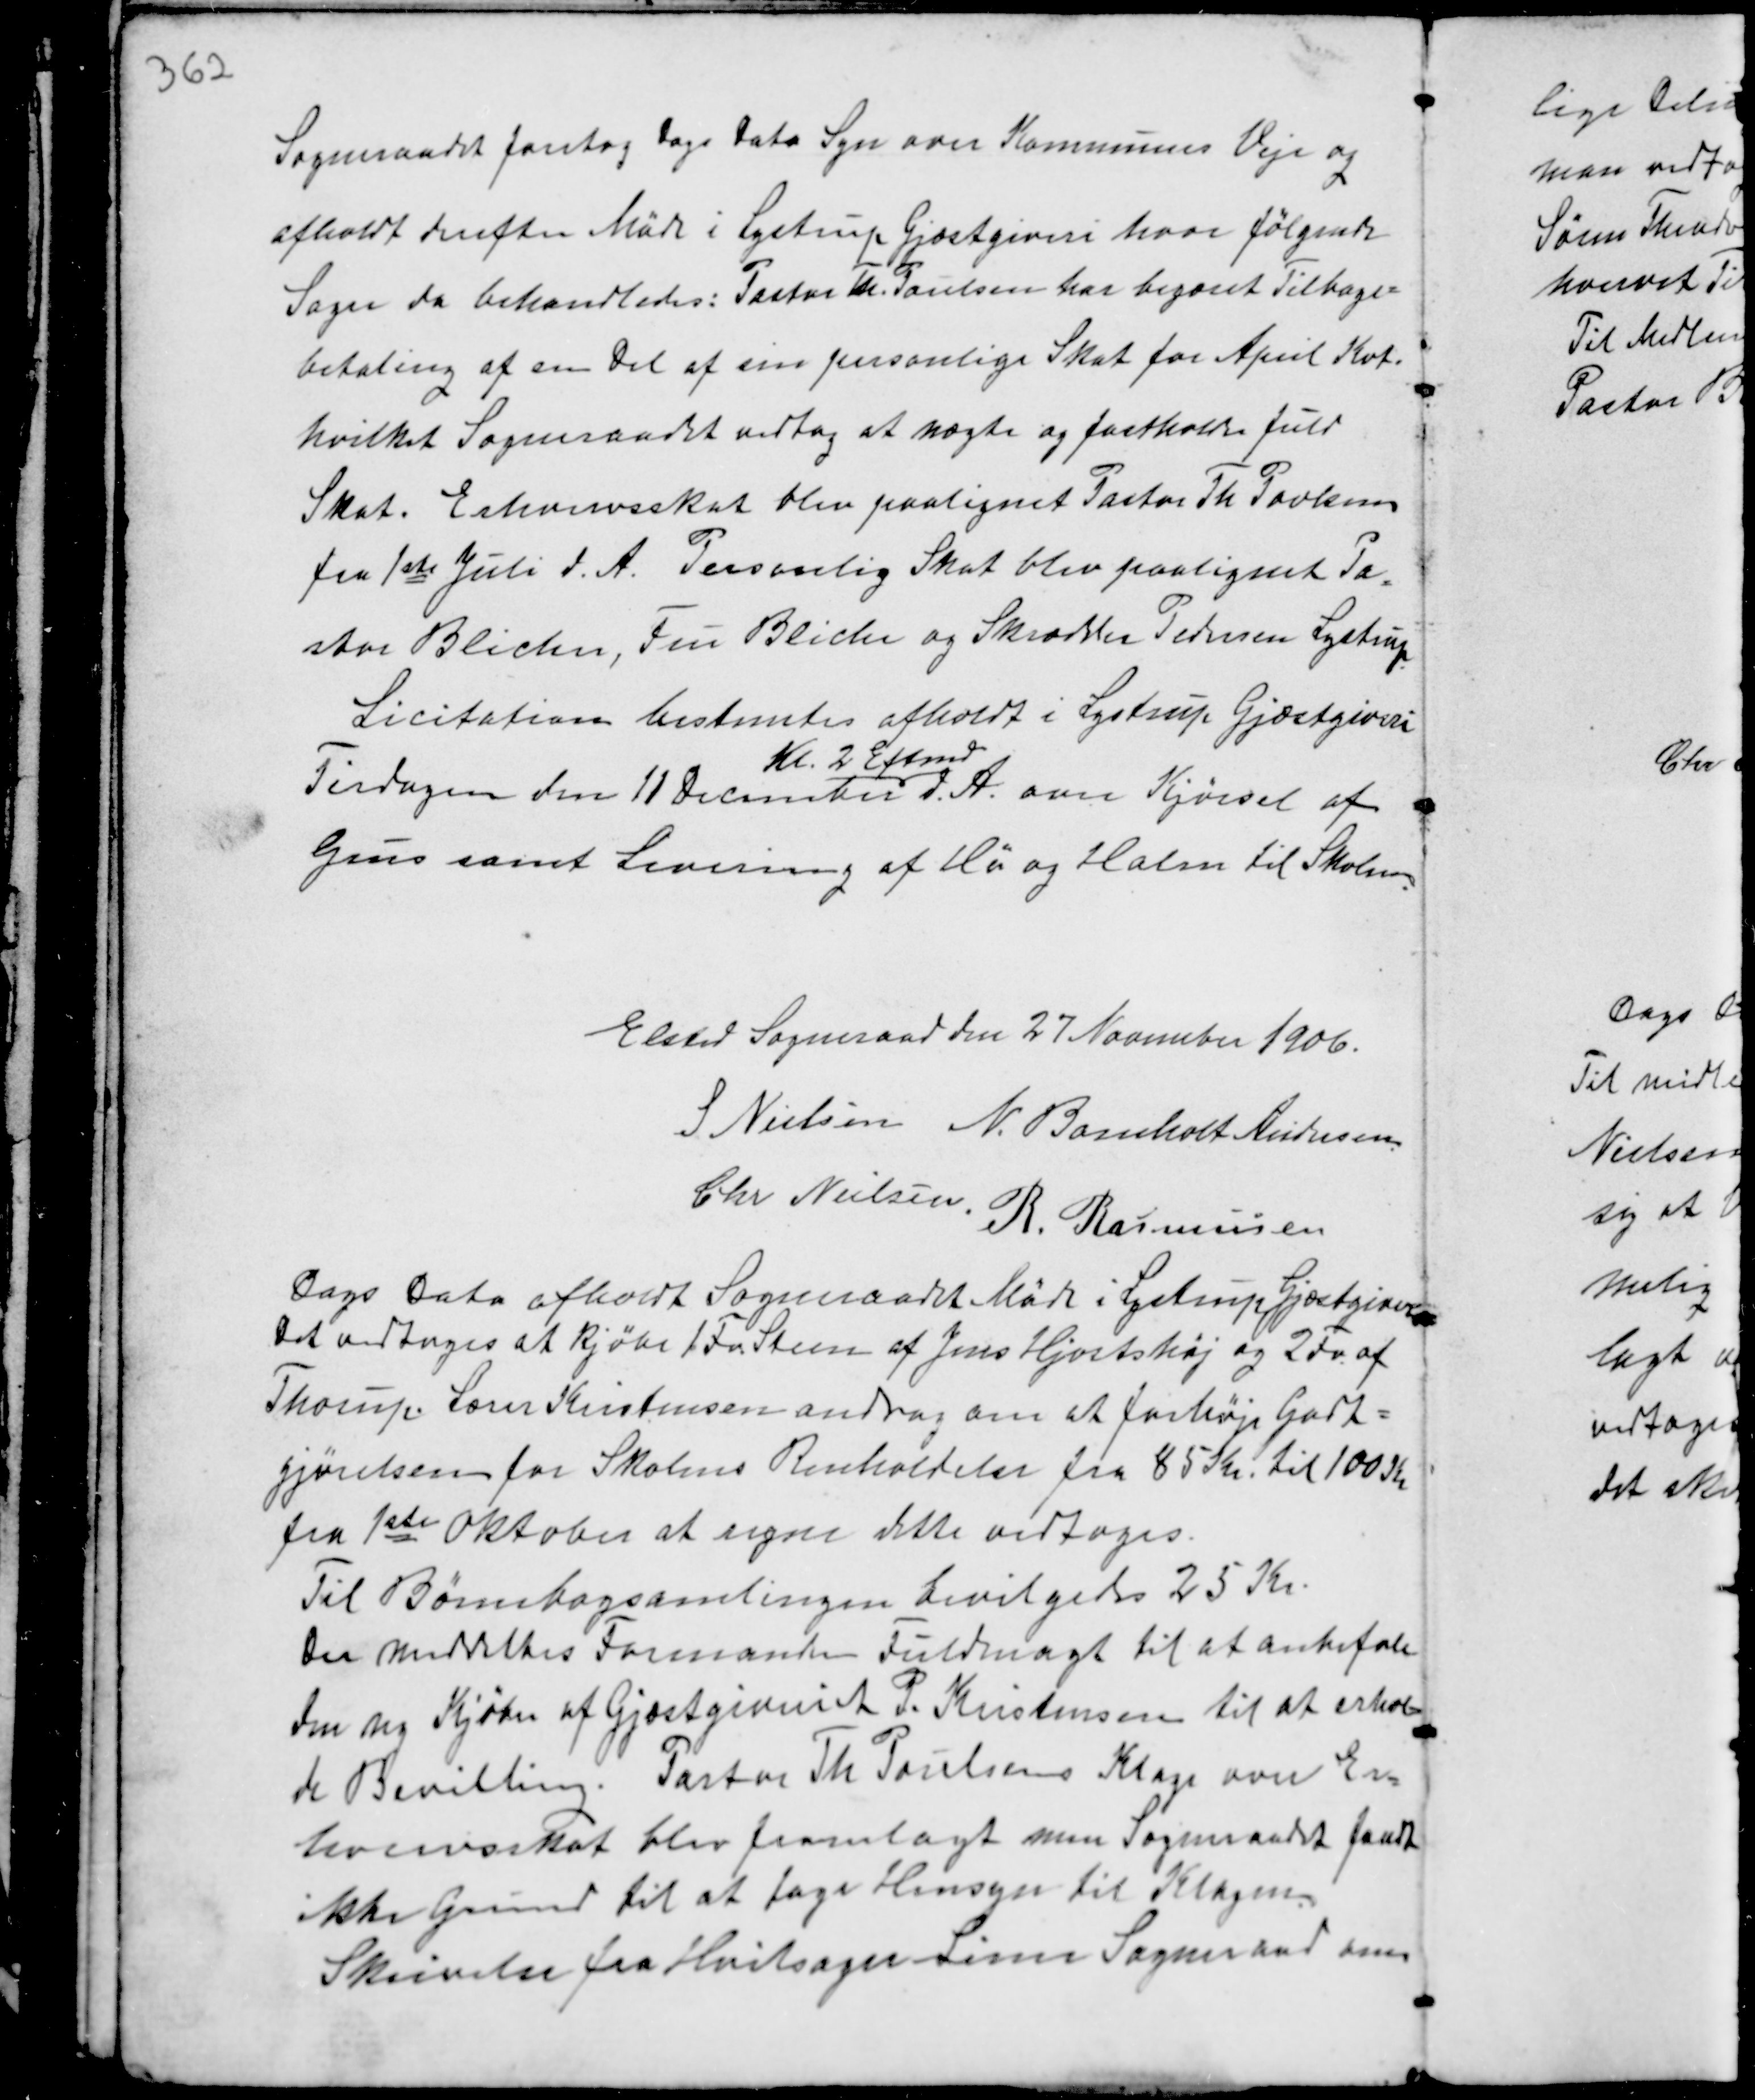
Transskription:
Sogneraadet foretog Dags Dato Syn over Kommunens Veje og
afholdt derefter Møde i Lystrup Gjæstgiveri hvor følgende
Sager da behandledes: Pastor Th. Poulsen har begæret Tilbage-
betaling af sin Del af sin personlige Skat for April Kvt.
hvilket Sogneraadet vedtog at nægte og fastholde fuld
Skat. Erhvervsskat blev paalignet Pastor Th Povlsen
fra 1 ste Juli d.A. Personlig Skat blev paalignet Pa-
stor Blicher, Fru Blicher og Skrædder Pedersen Lystrup.
Licitation bestemtes afholdt i Lystrup Gjæstgiveri
Tirsdagen den 11 December
Kl. 2 Eftermd
d.A. over Kjørsel af
Grus samt Levering af Hø og Halm til Skolen.

Elsted Sogneraad den 27 November 1906.
S Nielsen N. Bomholt Andersen
Chr Nielsen.
R. Rasmussen

Dags Dato afholdt Sogneraadet Møde i Lystrup Gjæstgiveri
Det vedtoges at kjøbe 1 Fa Steen af Jens Hjortshøj og 2 Fa af
Thorup. Lærer Kristensen andrag om at forhøje Godt-
gørelsen for Skolens Renholdelse fra 85 Kr. til 100 Kr
fra 1ste Oktober at regne dette vedtoges.
Til Børnebogsamlingen bevilgedes 25 Kr.
Der meddeltes Formanden Fuldmagt til at anbefale
den ny Kjøber af Gjæstgiveriet P. Kristensen til at erhol-
de Bevilling. Pastor Th Poulsens Klage over Er-
hvervsskat blev fremlagt men Sogneraadet fandt
ikke Grund til at tage Hensyn til Klagen.
Skrivelse fra Hvilsager-Lime Sogneraad om